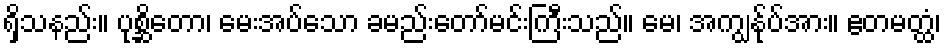
ရှိသနည်း။ ပုစ္ဆိတော၊ မေးအပ်သော ခမည်းတော်မင်းကြီးသည်။ မေ၊ အကျွန်ုပ်အား။ ဧတမတ္ထံ၊